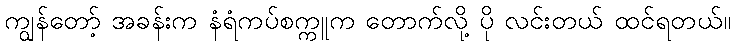
ကျွန်တော့် အခန်းက နံရံကပ်စက္ကူက တောက်လို့ ပို လင်းတယ် ထင်ရတယ်။